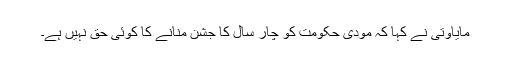
مایاوتی نے کہا کہ مودی حکومت کو چار سال کا جشن منانے کا کوئی حق نہیں ہے۔